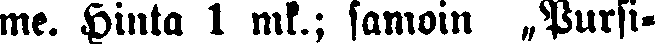
me. Hinta 1 mk.; samoin „Pursi-